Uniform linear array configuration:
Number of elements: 48
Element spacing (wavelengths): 0.25
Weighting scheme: binomial
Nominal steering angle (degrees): -30
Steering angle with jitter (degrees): -31.471
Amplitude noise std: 0.05
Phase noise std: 0.05

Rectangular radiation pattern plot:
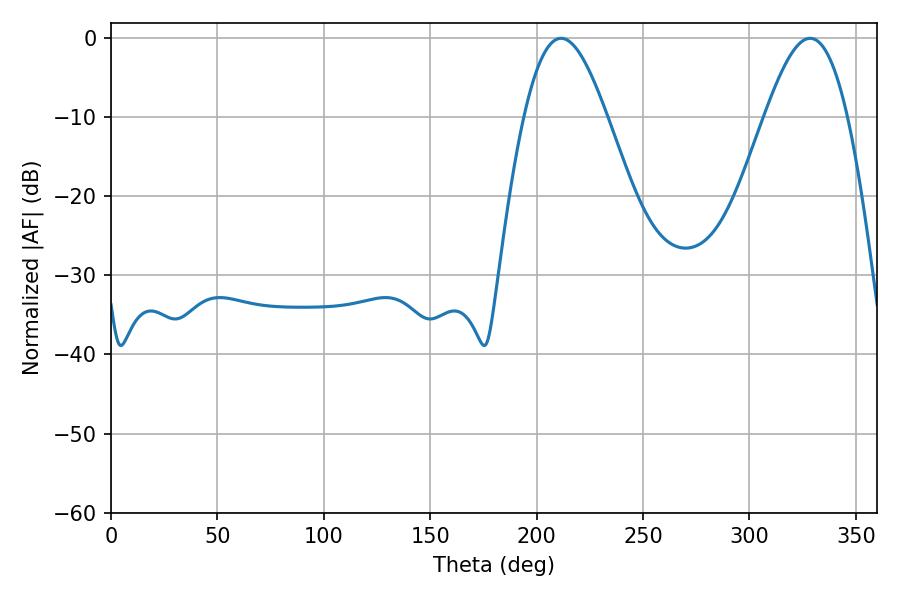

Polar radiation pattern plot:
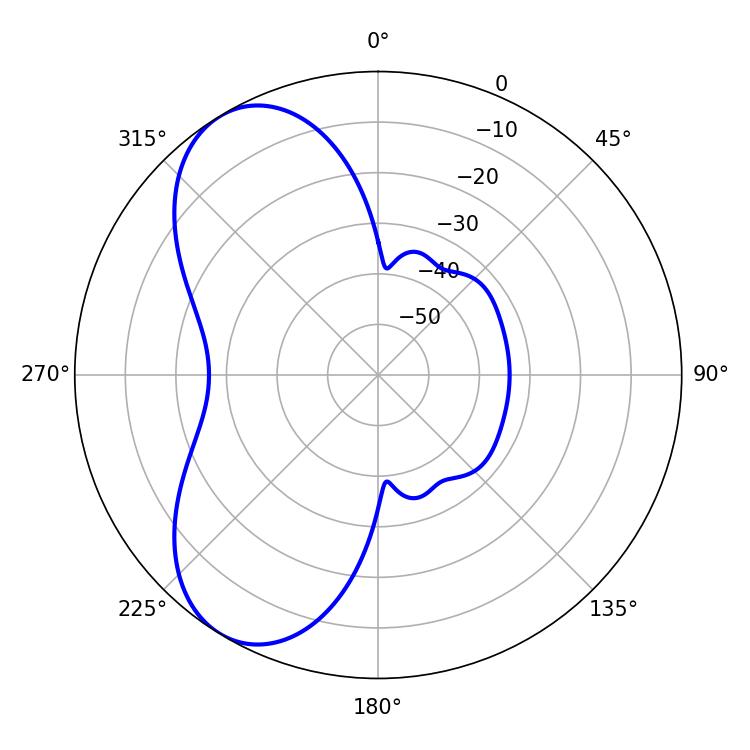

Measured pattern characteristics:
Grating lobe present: FALSE
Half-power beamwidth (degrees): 20.88
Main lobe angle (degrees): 211.5